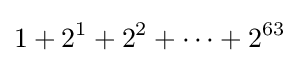
1+2^{1}+2^{2}+\cdots +2^{63}